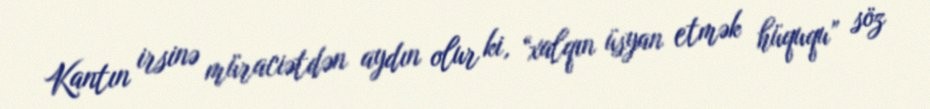
Kantın irsinə müraciətdən aydın olur ki, “xalqın üsyan etmək hüququ” söz